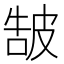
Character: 𤿩